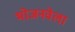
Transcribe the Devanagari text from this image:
भोजनवेला